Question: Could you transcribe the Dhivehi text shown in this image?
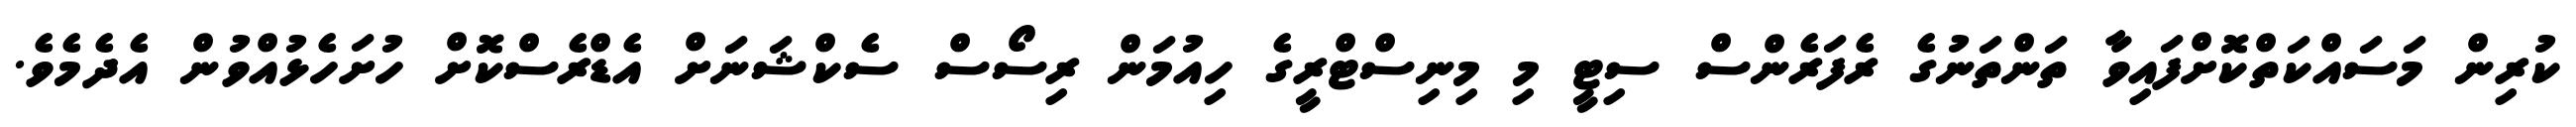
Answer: ކުރިން މަސައްކަތްކޮށްފައިވާ ތަންތަނުގެ ރެފަރެންސް ސިޓީ މި މިނިސްޓްރީގެ ހިއުމަން ރިސޯސް ސެކްޝަނަށް އެޑްރެސްކޮށް ހުށަހެޅުއްވުން އެދެމެވެ.